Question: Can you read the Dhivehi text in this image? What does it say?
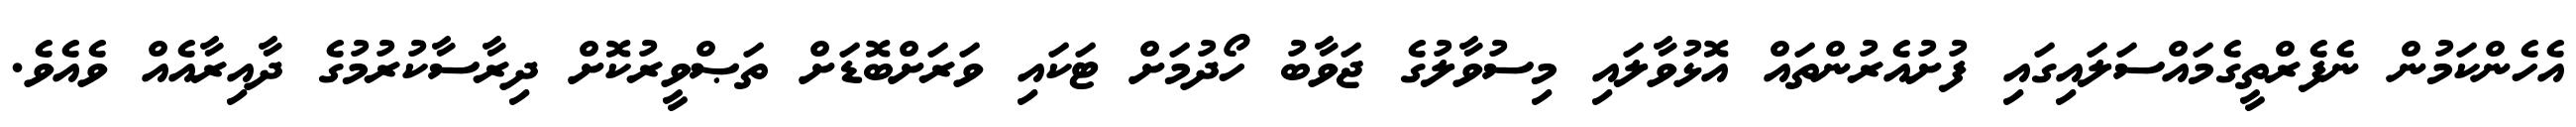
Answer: އެހެންކަމުން ނެފެރްތީގެމައްސަލައިގައި ފުށުއެރުންތައް އޮޅުވާލައި މިސުވާލުގެ ޖަވާބު ހޯދުމަށް ޓަކައި ވަރަށްބޮޑަށް ތަޞްވީރުކޮށް ދިރާސާކުރުމުގެ ދާއިރާއެއް ވެއެވެ.